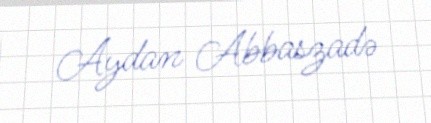
Aydan Abbaszadə